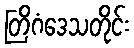
တြိဂံဒေသတိုင်း